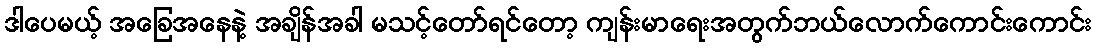
ဒါပေမယ့် အခြေအနေနဲ့ အချိန်အခါ မသင့်တော်ရင်တော့ ကျန်းမာရေးအတွက်ဘယ်လောက်ကောင်းကောင်း